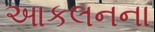
આકલનના